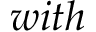
w i t h